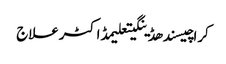
کراچیسندھڈینگیتعلیمڈاکٹرعلاج